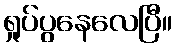
ရှုပ်ပွနေလေပြီ။